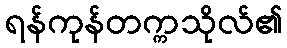
ရန်ကုန်တက္ကသိုလ်၏